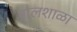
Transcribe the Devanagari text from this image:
बालशाळा